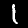
Digit: 1